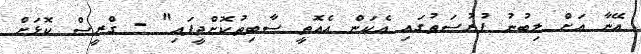
އޭނާ އަށް ލިބުނު ފުރުސަތުގައި އެކަން އެއޮތީ ސާބިތުކޮށްދީފައި" - ގްރީސް ކޮޅަށް